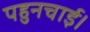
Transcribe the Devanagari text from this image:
पहुनचाई।